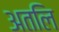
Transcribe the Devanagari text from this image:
अतलि